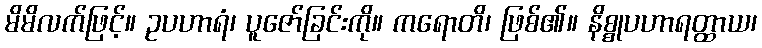
မိမိလက်ဖြင့်။ ဥပဟာရံ၊ ပူဇော်ခြင်းကို။ ကရောတိ၊ ဖြစ်၏။ နိစ္စုပဟာရတ္ထာယ၊